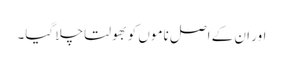
اور ان کے اصل ناموں کو بھولتا چلا گیا۔